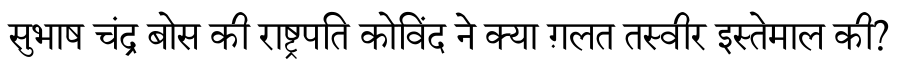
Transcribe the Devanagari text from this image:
सुभाष चंद्र बोस की राष्ट्रपति कोविंद ने क्या ग़लत तस्वीर इस्तेमाल की?